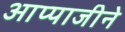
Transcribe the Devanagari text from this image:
आप्पाजीने